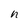
Character: n